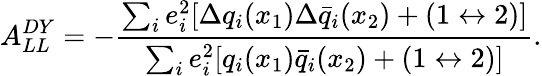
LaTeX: A_{LL}^{DY}=-{\frac{\sum_{i}e_{i}^{2}[\Delta q_{i}(x_{1})\Delta\bar{q}_{i}(x_{2})+(1\leftrightarrow 2)]}{\sum_{i}e_{i}^{2}[q_{i}(x_{1})\bar{q}_{i}(x_{2})+(1\leftrightarrow 2)]}}.